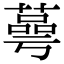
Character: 蕚